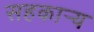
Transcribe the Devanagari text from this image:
सहकार्‍य